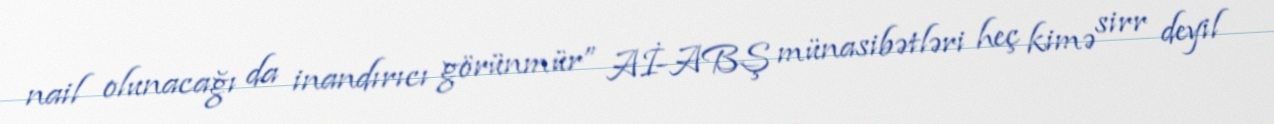
nail olunacağı da inandırıcı görünmür” Aİ-ABŞ münasibətləri heç kimə sirr deyil